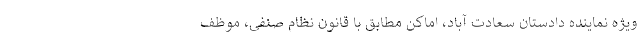
ویژه نماینده دادستان سعادت آباد، اماکن مطابق با قانون نظام صنفی، موظف